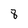
Character: 8